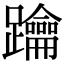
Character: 䠯